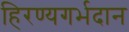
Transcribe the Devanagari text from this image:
हिरण्यगर्भदान